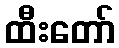
ထီးတော်